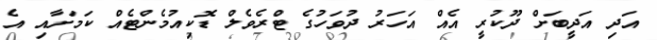
އަދި އަދީބަށް ދޫކުރީ އެއް އަހަރު ދުވަހުގެ ޓްރެވެލް ޑޮކިއުމެންޓެއް ކަމަށާއި އެ